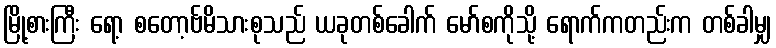
မြို့စားကြီး ရော့ စတော့ဗ်မိသားစုသည် ယခုတစ်ခေါက် မော်စကိုသို့ ရောက်ကတည်းက တစ်ခါမျှ